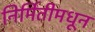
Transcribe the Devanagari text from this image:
निर्मितीमधून